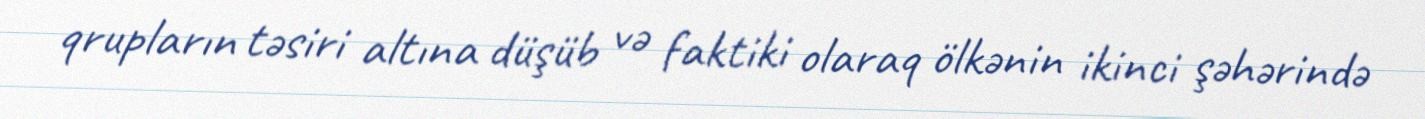
qrupların təsiri altına düşüb və faktiki olaraq ölkənin ikinci şəhərində